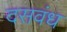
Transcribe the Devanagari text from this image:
दसवंध